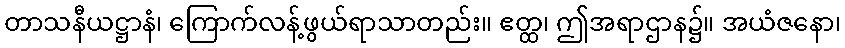
တာသနီယဋ္ဌာနံ၊ ကြောက်လန့်ဖွယ်ရာသာတည်း။ ဧတ္ထ၊ ဤအရာဌာန၌။ အယံဇနော၊